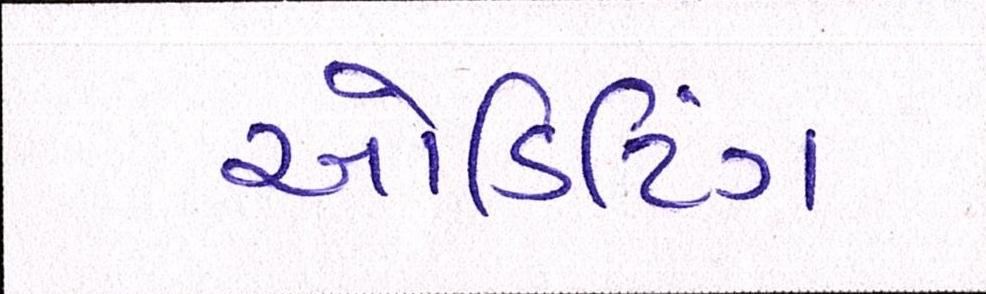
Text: ઓડિટિંગ